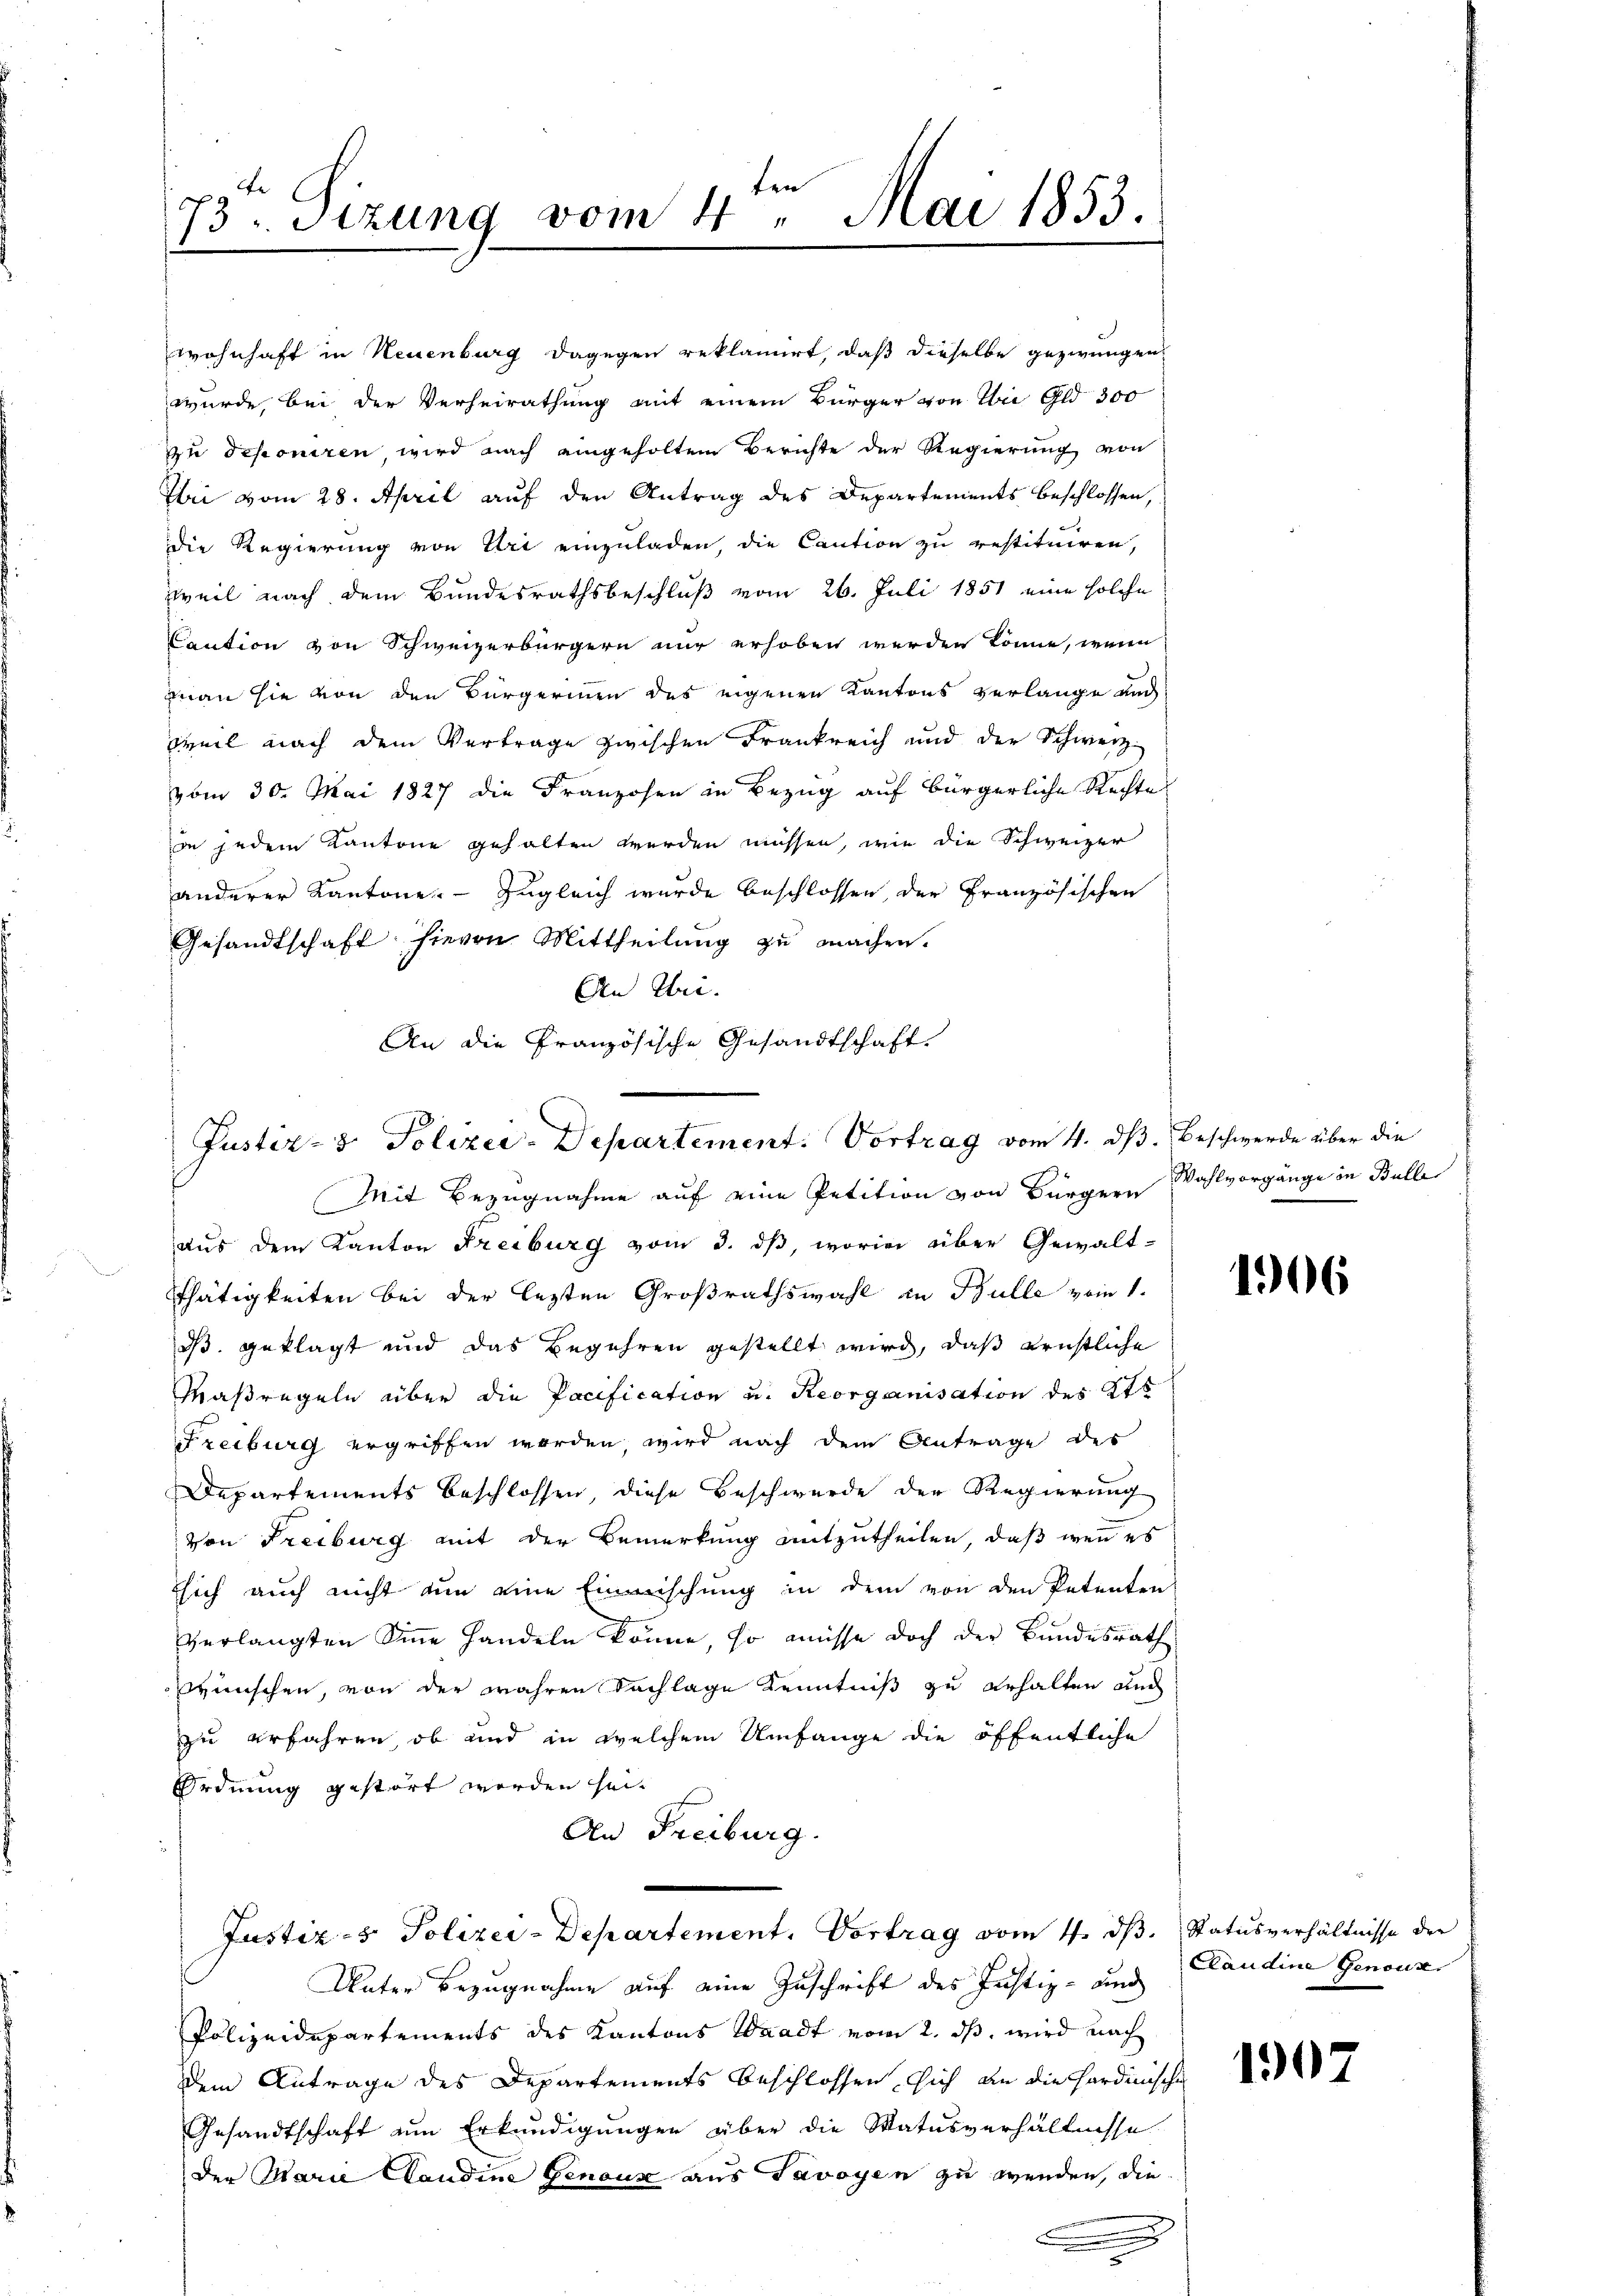
wohnhaft in Neuenburg dagegen reklamirt, daß dieselbe gezwungen
wurde, bei der Verheirathung mit einem Bürger von Wie Gld 300
zu deponiren wird nach eingeholtem Berichte der Regierung von
Ibri vom 28. April auf den Antrag des Departements beschlossen,
die Regierung von Uri einzuladen, die Caution zu restituiren,
weil nach dem Bundesrathsbeschluß vom 26. Juli 1851 eine solche
Caution von Schweizerbürgern nur erhoben werden könne, wenn
man sie von den Bürgerinen des eigenen Kantons verlange auch
weil nach dem Vertrage zwischen Frankreich und der Schwerz-
vom 30. Mai 1827 die Franzosen in Bezug auf bürgerliche Rechte
in jedem Kantone gehalten werden müssen, wie die Schweizer
anderer Kantone. - Zugleich wurde beschlossen, der Französischen
Gesandtschaft hievon Mittheilung zu machen.
An Uri.
An die Französische Gesandtschaft

ten
e
73. Sitzung vom 4. Mai 1853.

Justiz- & Polizei-Departement. Vortrag vom 4. ds.

Mit Bezugnahme auf eine Petition von Bürgern Wahlvorgänge in Bulle
aus dem Kanton Freiburg vom 3. ds, worin über Gewalt-
Thätigkeiten bei der lezten Großrathswahl in Bulle vom 1.
d geklagt und das Begehren gestellt wird, daß Kristliche
Maßregeln über die Pacification u. Reorganisation des Kts
Freiburg ergriffen werden, wird nach dem Antrage des
Departements beschlossen, diese Beschwerde der Regierung
von Freiburg mit der Bemerkung mitzutheilen, daß wenn es
sich auch nicht um eine Einmischung in dem von den Petenten
verlangten Sinne handeln könne, so müsse doch der Bundesrath
wünschen, von der wahren Nachlage Kenntniß zu erhalten auch
zu erfahren, ob und in welchem Umfange die öffentliche
Ordnung gestört worden heit
An Freiburg.
Justiz- & Polizei-Departement. Vortrag vom 4. ds. Status verhältnisse der
Unter Bezugnahme auf eine Zuschrift des Justiz- und Laudine Genous
Polizeidepartements des Kantons Waadt vom 2. ds. wird nach
dem Antrage des Departements beschlossen sich an die Hardinische
Gesandtschaft am Erkundigungen über die Matusverhältnisse
der Marie Claudine Genous aus Savoyen zu wenden, die

.

Beschwerde über die

1906

1902